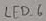
Text: LED_6